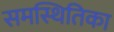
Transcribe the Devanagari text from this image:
समस्थितिका